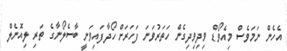
އެހެން ނަމަވެސް މިއެވޯޑް ވިދިވިދިގެން ހަތަރުވަނަ ފަހަރަށް ހޯދާފައިވަނީ ބާސެލޯނާގެ ތަރި ލިއޮނެލް